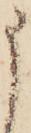
申